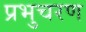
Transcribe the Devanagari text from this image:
प्रभुचरण